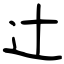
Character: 辻